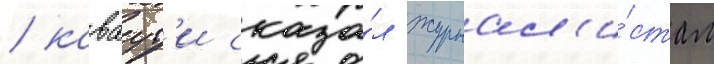
/ каваут'и сказа́л журнал'и́стам